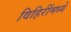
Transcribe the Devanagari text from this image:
विहिरींमध्ये